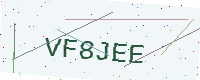
Text: VF8JEE